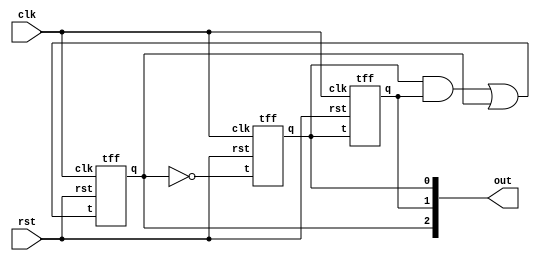
module synccount(clk,rst,out);
input clk,rst;
output [2:0] out;
wire w,w1;

and O(w,out[0],out[1]);
or T(w1,w,out[2]);      

tff A(.t(w1),.clk(clk),.rst(rst),.q(out[2]));
tff B(.t(out[0]),.clk(clk),.rst(rst),.q(out[1]));
tff C(.t(~out[2]),.clk(clk),.rst(rst),.q(out[0]));
endmodule

module tff(t,clk,rst,q);
input clk,rst,t;
output reg q;
always@(posedge clk or posedge rst) begin
if(rst == 1) begin
    q <= 1'b0;
end
else begin
  if(t==1)
   q <= ~q;
   else 
   q <= q;
end
end
endmodule